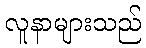
လူနာများသည်